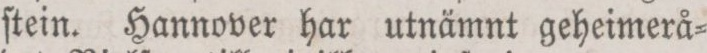
ſtein. Hannover har utnämnt geheimerå=